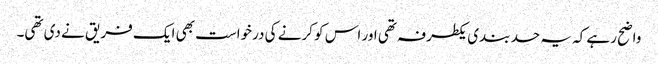
واضح رہے کہ یہ حد بندی یکطرفہ تھی اور اس کو کرنے کی درخواست بھی ایک فریق نے دی تھی۔